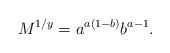
LaTeX: \begin{align*}M^{1/y} = a^{a(1 - b)} b^{a - 1}.\end{align*}